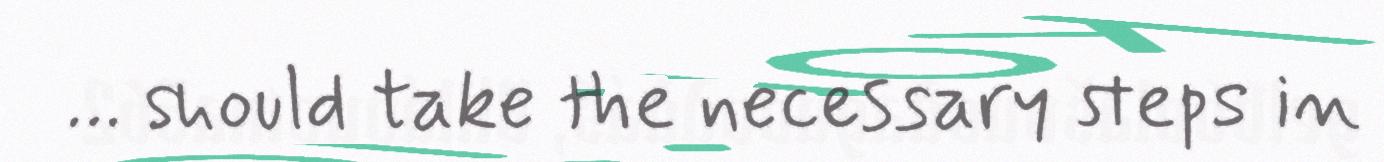
… should take the necessary steps in